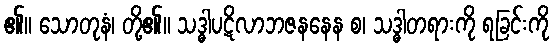
၏။ သောတုနံ၊ တို့၏။ သဒ္ဓါပဋိလာဘဇနနေန စ၊ သဒ္ဓါတရားကို ရခြင်းကို